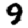
Digit: 9